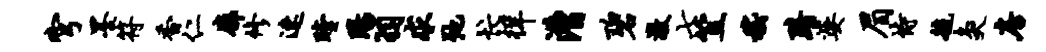
穹墨符香仁廓修速瞠阳羽求弛忙徉漕碧激七笠嵇黯婆眉恃毓灸房